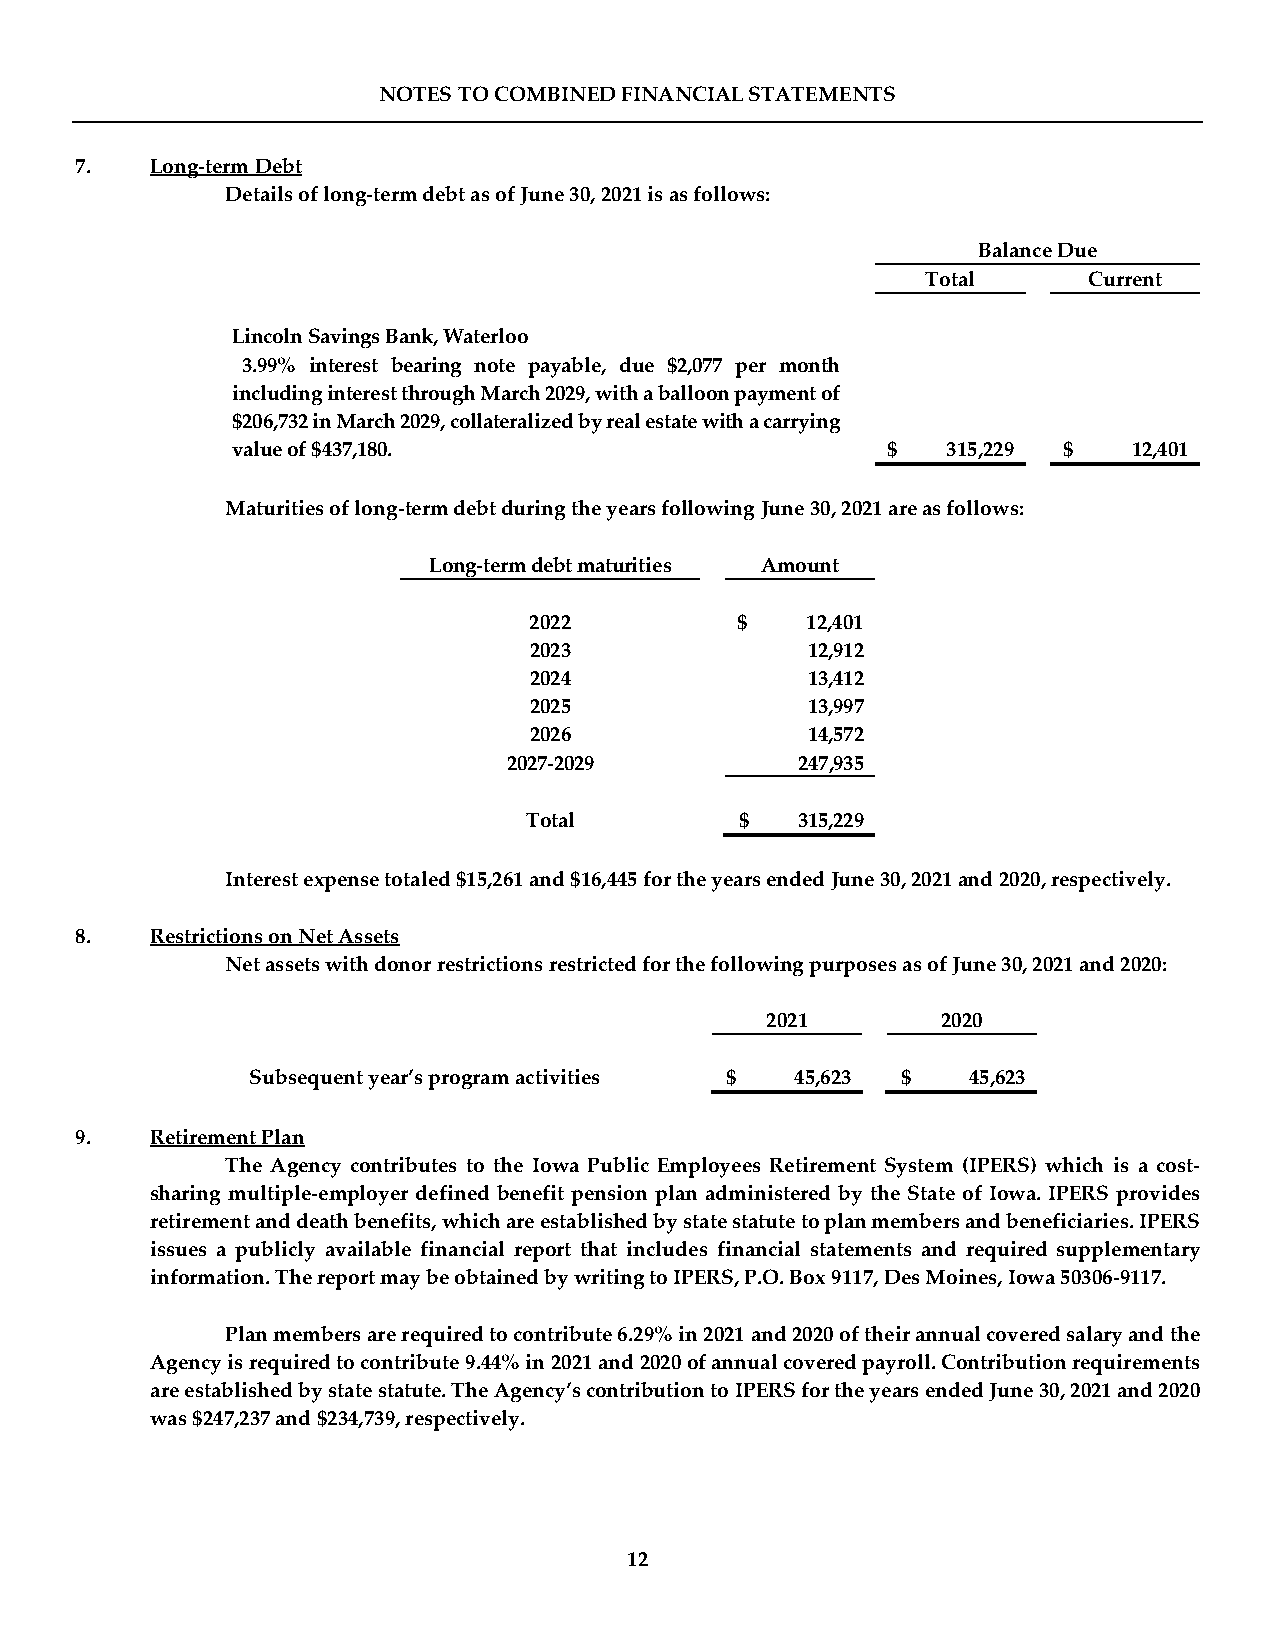
NOTES TO COMBINED FINANCIAL STATEMENTS
 7.   Long-term Debt
 Details of long-term debt as of June 30, 2021 is as follows:
 Balance Due
 Total      Current
 Lincoln Savings Bank, Waterloo
 3.99% interest bearing note payable, due $2,077 per month
 including interest through March 2029, with a balloon payment of
 $206,732 in March 2029, collateralized by real estate with a carrying
 value of $437,180.                          $   315,229 $   12,401
 Maturities of long-term debt during the years following June 30, 2021 are as follows:
 Long-term debt maturities Amount
 2022          $   12,401
 2023              12,912
 2024              13,412
 2025              13,997
 2026              14,572
 2027-2029          247,935
 Total         $   315,229
 Interest expense totaled $15,261 and $16,445 for the years ended June 30, 2021 and 2020, respectively.
 8.   Restrictions on Net Assets
 Net assets with donor restrictions restricted for the following purposes as of June 30, 2021 and 2020:
 2021       2020
 Subsequent year’s program activities $ 45,623 $ 45,623
 9.   Retirement Plan
 The Agency contributes to the Iowa Public Employees Retirement System (IPERS) which is a cost-
 sharing multiple-employer defined benefit pension plan administered by the State of Iowa. IPERS provides
 retirement and death benefits, which are established by state statute to plan members and beneficiaries. IPERS
 issues a publicly available financial report that includes financial statements and required supplementary
 information. The report may be obtained by writing to IPERS, P.O. Box 9117, Des Moines, Iowa 50306-9117.
 Plan members are required to contribute 6.29% in 2021 and 2020 of their annual covered salary and the
 Agency is required to contribute 9.44% in 2021 and 2020 of annual covered payroll. Contribution requirements
 are established by state statute. The Agency’s contribution to IPERS for the years ended June 30, 2021 and 2020
 was $247,237 and $234,739, respectively.
 12